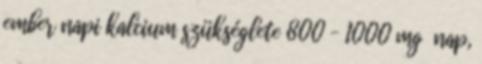
ember napi kalcium szükséglete 800 – 1000 mg nap,